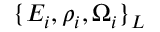
\{ E _ { i } , \rho _ { i } , \Omega _ { i } \} _ { \cal L }